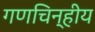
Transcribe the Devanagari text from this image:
गणचिन्हीय